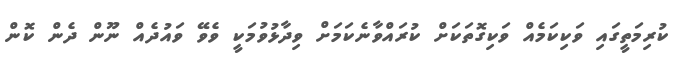
ކުރިމަތީގައި ވަކިކަމެއް ވަކިގޮތަކަށް ކުރައްވާނެކަމަށް ވިދާޅުވުމަކީ ވެވޭ ވައުދެއް ނޫން ދެން ކޮން